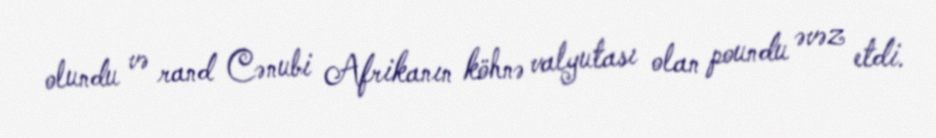
olundu və rand Cənubi Afrikanın köhnə valyutası olan poundu əvəz etdi.